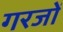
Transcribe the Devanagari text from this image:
गरजों